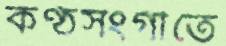
কণ্ঠসংগীতে